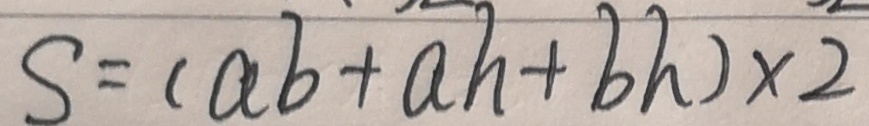
S = ( a b + a h + b h ) \times 2